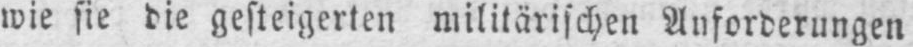
wie sie die gesteigerten militärischen Anforderungen